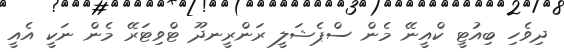
ދިވެހި ބިއުޓީ ކްއީނޭ މެން ސްޕެޝަލީ ރަންރީނދޫ ޓްވިޓަރޭ މެން ނަކީ އެއީ